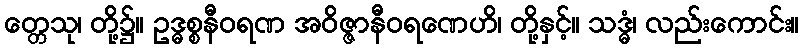
တ္တေသု၊ တို့၌။ ဥဒ္ဓစ္စနီဝရဏ အဝိဇ္ဇာနီဝရဏေဟိ၊ တို့နှင့်။ သဒ္ဓံ၊ လည်းကောင်း။